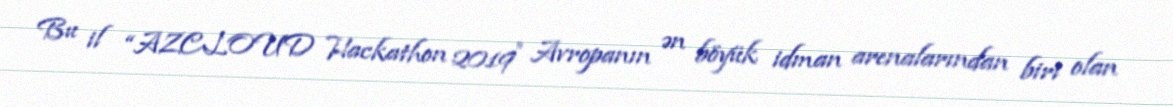
Bu il “AZCLOUD Hackathon 2019″ Avropanın ən böyük idman arenalarından biri olan